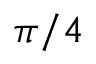
\pi / 4